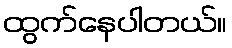
ထွက်နေပါတယ်။